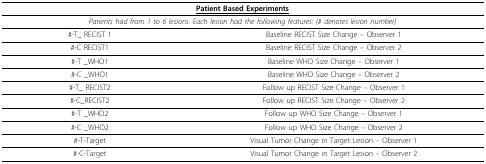
| <COLSPAN=2> <underline>Patient Based Experiments</underline> |
 | --- | --- |
 | <COLSPAN=2> Patients had from 1 to 6 lesions. Each lesion had the following features: (# denotes lesion number) |
 | #-T_ RECIST 1 | Baseline RECIST Size Change – Observer 1 |
 | #-C RECIST1 | Baseline RECIST Size Change – Observer 2 |
 | #-T _WHO1 | Baseline WHO Size Change – Observer 1 |
 | #-C _WHO1 | Baseline WHO Size Change – Observer 2 |
 | #-T_ RECIST2 | Follow up RECIST Size Change – Observer 1 |
 | #-C_RECIST2 | Follow up RECIST Size Change – Observer 2 |
 | #-T _WHO2 | Follow up WHO Size Change – Observer 1 |
 | #-C _WHO2 | Follow up WHO Size Change – Observer 2 |
 | #-T-Target | Visual Tumor Change in Target Lesion – Observer 1 |
 | #-C-Target | Visual Tumor Change in Target Lesion – Observer 2 |